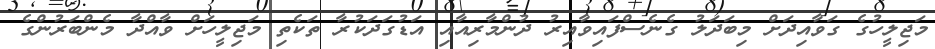
މަޖިލީހުގެ ގަވާއިދަށް މިބަދަލު ގެނެސްފައިވާއިރު ދުންމާރިއާއި އަޑުގަދަކުރާ ތަކެތި މަޖިލީހަށް ވާއްދާ މެންބަރުންގެ